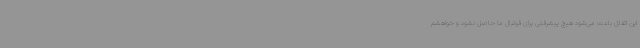
این اتفاق باعث می‌شود هیچ پیشرفتی برای فوتبال ما حاصل نشود و خواهشم